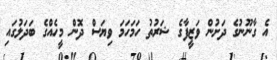
އެ ގާނޫނުގެ ދަށުން ވަޒީފާގެ ޝަރުތު ހަމަހަމަ ވިޔަސް ދޮން މީހެއްގެ ބަދަލުގައި